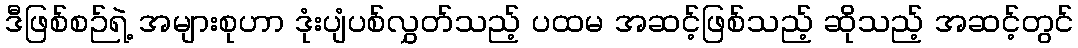
ဒီဖြစ်စဉ်ရဲ့ အများစုဟာ ဒုံးပျံပစ်လွှတ်သည့် ပထမ အဆင့်ဖြစ်သည့် ဆိုသည့် အဆင့်တွင်